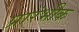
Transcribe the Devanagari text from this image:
प्रारंभीक